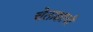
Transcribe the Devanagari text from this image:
चेताक्षाची